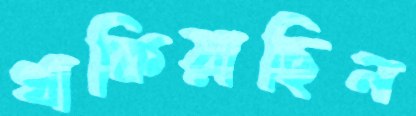
থাকিয়াছিল